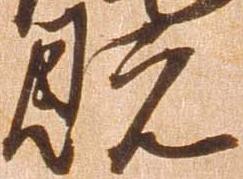
既